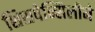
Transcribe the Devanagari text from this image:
शिसपेन्सिलीने